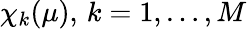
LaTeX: \chi_{k}(\mu),\, k=1,\dots,M